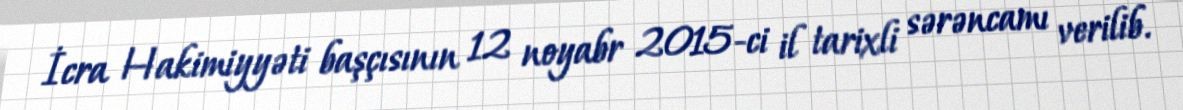
İcra Hakimiyyəti başçısının 12 noyabr 2015-ci il tarixli sərəncamı verilib.